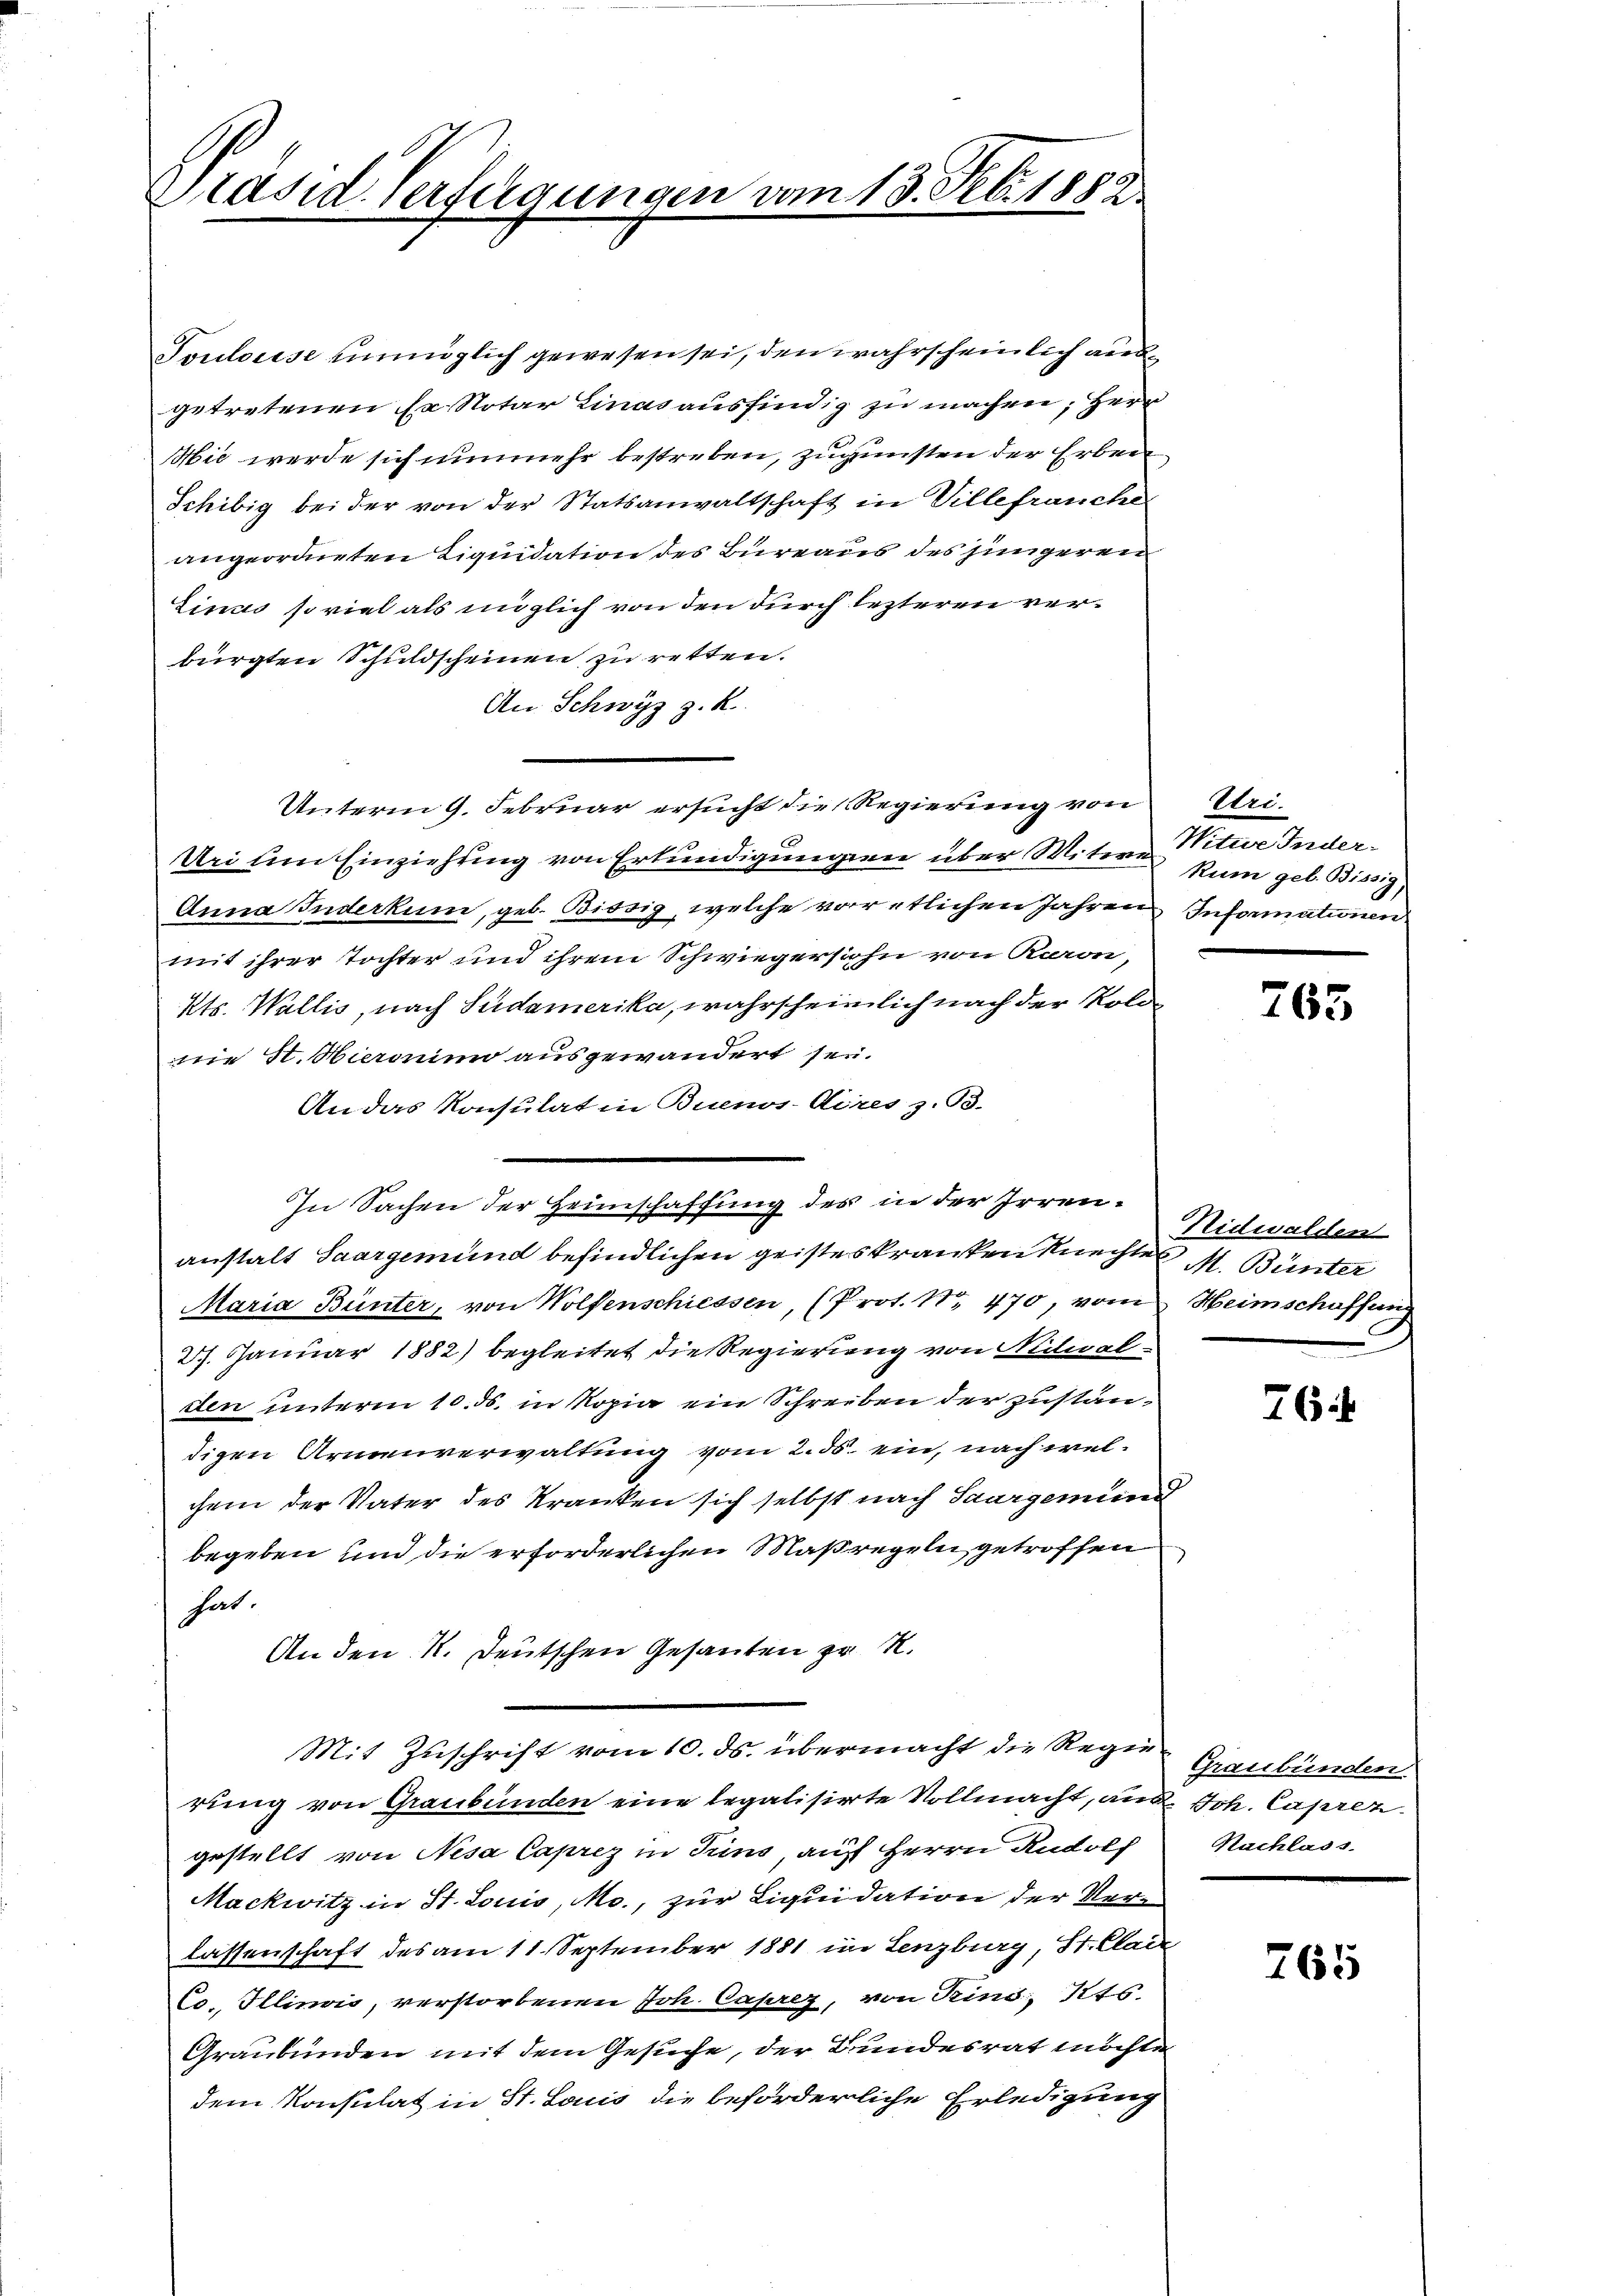
Präsid. Verfügungen vom 13. Febr. 1882.

Toulouise unmöglich gewesen sei, den wahrscheinlich ausgetretenen Er Notar Linas ausfindig zu machen, Herr
Hie werde sich nunmehr bestreben, zugunsten der Erben
Schibig bei der von der Statsanwaltschaft in Villefrauche
angeordneten Liquidation des Büreaus des jüngeren
Einas so viel als möglich von den durch lezteren verbürgten Schuldscheinen zu retten.
An Schwyz z. R.
Unterm 9. Februar ersucht die Regierung von
Uri um Einziehung von Erkundigungen über Witwe Witwe Inder¬
Anna Inderkum, geb. Bissig, welche vor etlichen Jahren Informationen
mit ihrer Tochter und ihrem Schwiegersohn von Raron,
Kts. Wallis, nach Südamerika, wahrscheinlich nach der Kolo
nie St. Hieroninn ausgewandert sei.
An das Konsulat in Buenos-Aires z. B.
In Sachen der Heimschaffung des in der Irrenanstalt Saargemund befindlichen geisteskranken Knechtes M. Bunter
Maria Bünter, von Wolfenschiessen, (Prot. No. 470, vom Heimschaffung
27. Januar 1882) begleitet die Regierung von Nidwalden unterm 10. ds. in Kopia ein Schreiben der zuständigen Armenverwaltung vom 2. ds. ein, nach welchem der Vater des Kranken sich selbst nach Saargemeind
begeben und die erforderlichen Maßregeln getroffen
hat.
An den K. Deutschen Gesanten zu N.
Mit Zuschrift vom 10. ds. übermacht die Regierung von Graubünden eine legalisierte Vollmacht, aus. Joh. Caprez
gestellt von Nisa Caprez in Trino, auf Herrn Rudolf
Mackwitz in St. Louis, Mo., zur Liquidation der Verlassenschaft des am 11. September 1881 in Lenzburg, St. Clair
Co., Illinois, verstorbenen Joh. Caprez, von Kind 145.
Graubünden mit dem Gesuche, der Bundesrat möchten
dem Konsulat in St. Laus die beförderliche Erledigung

Uri.
kum geb. Bissig,

265

Nidwalden

76

Graubünden.
Nachlass.

765